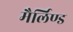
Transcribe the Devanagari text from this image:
मैर्लिण्ड